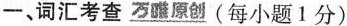
一、词汇考查 万原创(每小题1分)